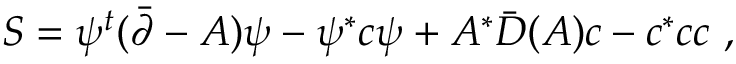
S = \psi ^ { t } ( \bar { \partial } - A ) \psi - \psi ^ { * } c \psi + A ^ { * } \bar { D } ( A ) c - c ^ { * } c c \ ,